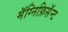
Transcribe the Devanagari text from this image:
मॅग्निफ़िसॅन्ट